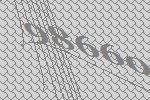
98660